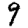
Digit: 9